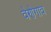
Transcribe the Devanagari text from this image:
वेणेगाव